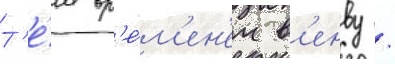
Т'е́м вр'е́м'ен'ем в'енву /